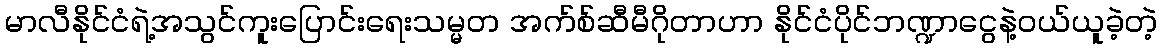
မာလီနိုင်ငံရဲ့အသွင်ကူးပြောင်းရေးသမ္မတ အက်စ်ဆီမီဂိုတာဟာ နိုင်ငံပိုင်ဘဏ္ဍာငွေနဲ့ဝယ်ယူခဲ့တဲ့